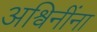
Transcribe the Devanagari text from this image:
अश्विनींना